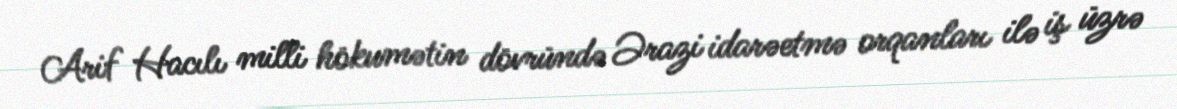
Arif Hacılı milli hökumətin dövründə Ərazi idarəetmə orqanları ilə iş üzrə